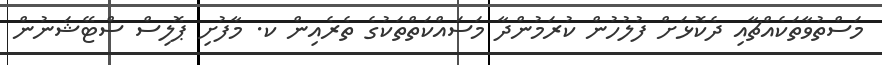
މަސްތުވާތަކެއްޗާއި ދެކޮޅަށް ފުލުހުން ކުރަމުންދާ މަސައްކަތްތަކުގެ ތެރެއިން ކ. މާފުށި ޕޮލިސް ސްޓޭޝަނުން